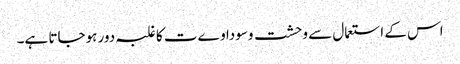
اس کے استعمال سے وحشت وسوداوےت کا غلبہ دور ہوجاتا ہے۔